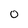
Character: 0